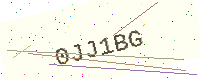
Text: 0JJ1BG